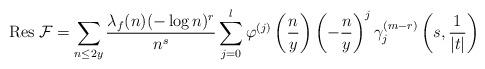
LaTeX: \begin{align*}{\rm Res\;}\mathcal{F}=\sum_{n\leq 2y}\frac{\lambda_f(n)(-\log n)^r}{n^s}\sum_{j=0}^l\varphi^{(j)}\left(\frac{n}{y}\right)\left(-\frac{n}{y}\right)^j\gamma_{j}^{(m-r)}\left(s,\frac{1}{|t|}\right) \end{align*}